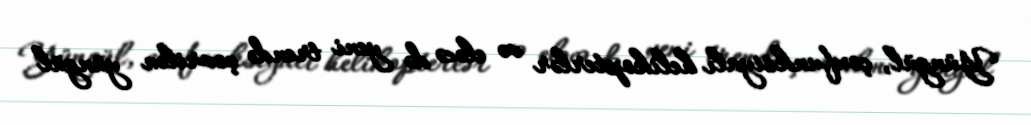
Yüngül, çoxfunksiyalı helikopterlər və eləcə də yeni trendə çevrilən yüngül